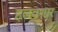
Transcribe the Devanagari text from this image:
हलवणार